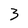
Character: 3